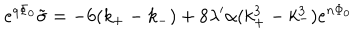
LaTeX: e ^ { q \Phi _ { 0 } } \tilde { \sigma } = - 6 ( k _ { + } - k _ { - } ) + 8 \lambda ^ { \prime } \alpha ( k _ { + } ^ { 3 } - k _ { - } ^ { 3 } ) e ^ { n \Phi _ { 0 } }